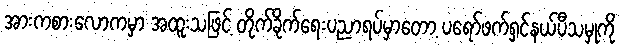
အားကစားလောကမှာ အထူးသဖြင့် တိုက်ခိုက်ရေးပညာရပ်မှာတော့ ပရော်ဖက်ရှင်နယ်ပီသမှုကို